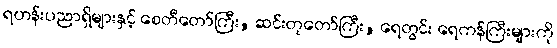
ရဟန်းပညာရှိများနှင့် စေတီတော်ကြီး, ဆင်းတုတော်ကြီး, ရေတွင်း ရေကန်ကြီးများကို